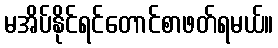
မအိပ်နိုင်ရင်တောင်စာဖတ်ရမယ်။